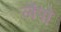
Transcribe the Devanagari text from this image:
लैंपो